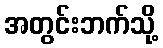
အတွင်းဘက်သို့